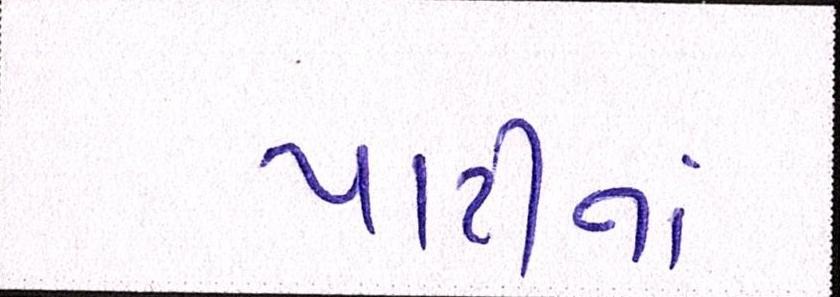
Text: પાર્ટીનાં